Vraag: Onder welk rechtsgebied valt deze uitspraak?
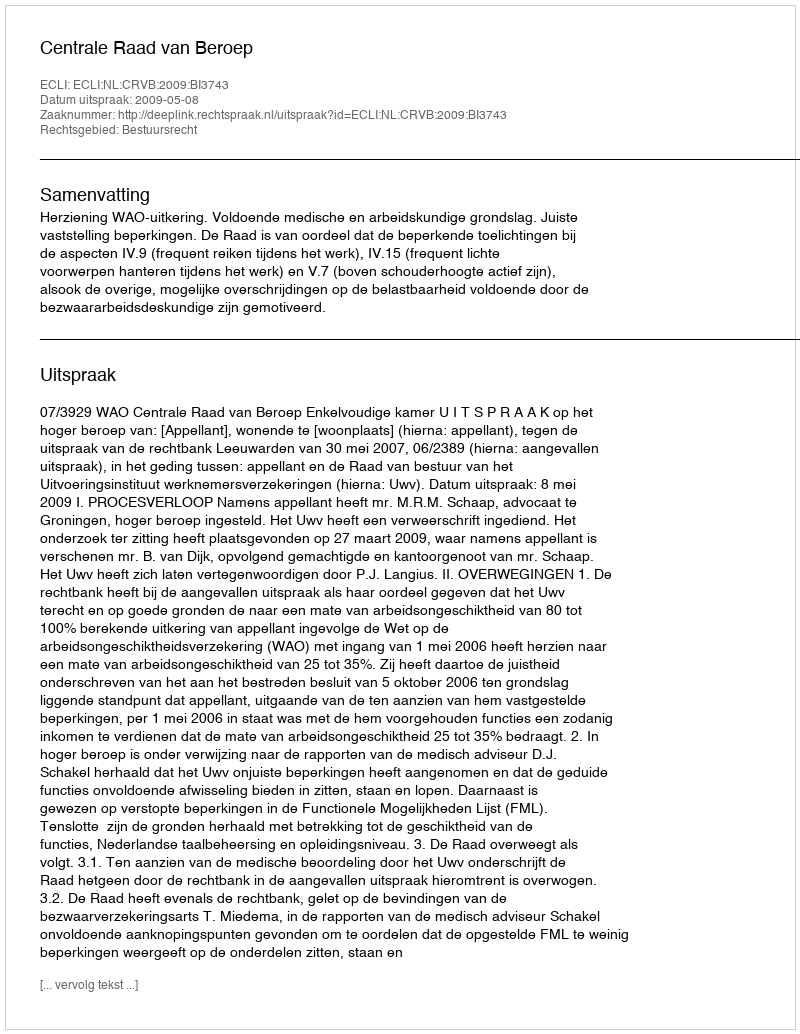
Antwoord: Bestuursrecht